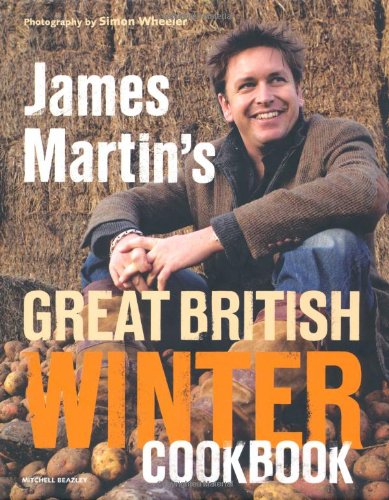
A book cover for James Martin's Great British Winter Cookbook; James Martin; Cookbooks, Food & Wine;